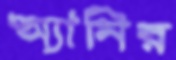
অ্যানির